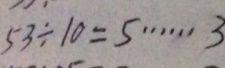
5 3 \div 1 0 = 5 \cdots 3